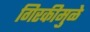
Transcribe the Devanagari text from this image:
गिरकीमुळे